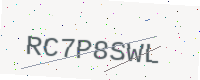
Text: RC7P8SWL